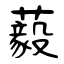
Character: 藙